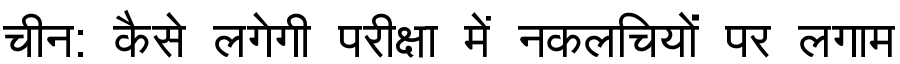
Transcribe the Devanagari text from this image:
चीन: कैसे लगेगी परीक्षा में नकलचियों पर लगाम